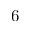
6